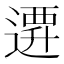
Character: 𨕞